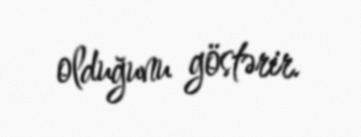
olduğunu göstərir.